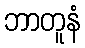
ဘာတူနံ